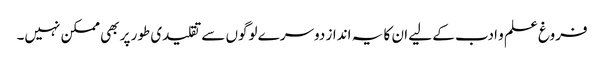
فروغ علم و ادب کے لیے ان کا یہ انداز دوسرے لوگوں سے تقلیدی طور پر بھی ممکن نہیں۔